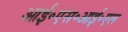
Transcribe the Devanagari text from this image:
आई॰एस॰आई॰एल